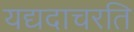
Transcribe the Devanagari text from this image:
यद्यदाचरति